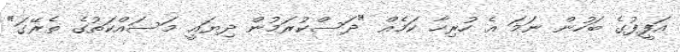
އަފީފުގެ ބަހުން ނަމަ އެ ހުރިހާ ކަމެއް "ދަސްކުރަމުން ދިޔައީ މަސައްކަތުގެ ތެރޭގަ"